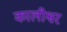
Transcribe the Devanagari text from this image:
कालीश्वर